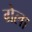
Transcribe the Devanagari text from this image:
ग्रेला